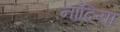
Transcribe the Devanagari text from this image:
नाँदिया